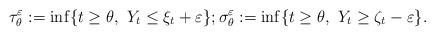
LaTeX: \begin{align*}\tau^{\varepsilon}_{\theta} := \inf \{ t \geq \theta,\,\, Y_t \leq \xi_t + \varepsilon\}; \sigma^{\varepsilon}_{\theta} := \inf \{ t \geq \theta,\,\, Y_t \geq \zeta_t - \varepsilon\}.\end{align*}